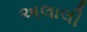
અલાલી